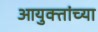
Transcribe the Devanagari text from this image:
आयुक्तांच्या